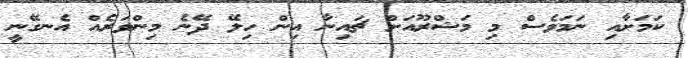
ކަމަށާއި ނަމަވެސް މި މަޝްރޫއަށް ޗައިނާ އިން ހިލޭ ދޭނެ މިންވަރެއް އެނގޭނީ